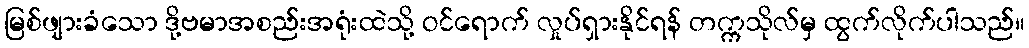
မြစ်ဖျားခံသော ဒို့ဗမာအစည်းအရုံးထဲသို့ ဝင်ရောက် လှုပ်ရှားနိုင်ရန် တက္ကသိုလ်မှ ထွက်လိုက်ပါသည်။